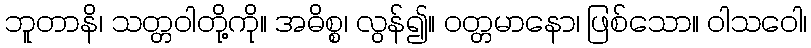
ဘူတာနိ၊ သတ္တဝါတို့ကို။ အဓိစ္စ၊ လွန်၍။ ဝတ္တမာနော၊ ဖြစ်သော။ ဝါသဝေါ၊